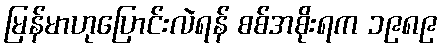
မြန်မာဟုပြောင်းလဲရန် စစ်အစိုးရက ၁၉၈၉